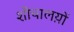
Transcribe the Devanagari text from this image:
शौचालय़ों